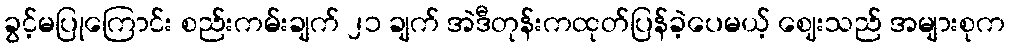
ခွင့်မပြုကြောင်း စည်းကမ်းချက် ၂၁ ချက် အဲဒီတုန်းကထုတ်ပြန်ခဲ့ပေမယ့် ဈေးသည် အများစုက